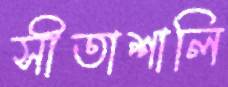
সীতাশালি